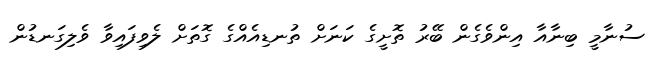
ސުނާމީ ބިނާއާ އިންވެގެން ބޭރު ތޮށީގެ ކަނަށް ތުނޑިއެއްގެ ގޮތަށް ލެވިފައިވާ ވެލިގަނޑުން